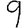
Digit: 9